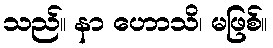
သည်။ နာ ဟောသိ၊ မဖြစ်။